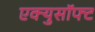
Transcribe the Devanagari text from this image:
एक्युसॉफ्ट